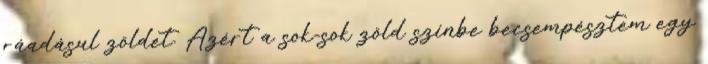
ráadásul zöldet. Azért a sok-sok zöld színbe becsempésztem egy